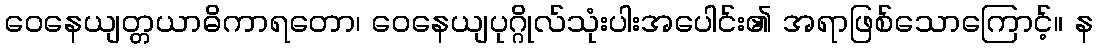
ဝေနေယျတ္တယာဓိကာရတော၊ ဝေနေယျပုဂ္ဂိုလ်သုံးပါးအပေါင်း၏ အရာဖြစ်သောကြောင့်။ န